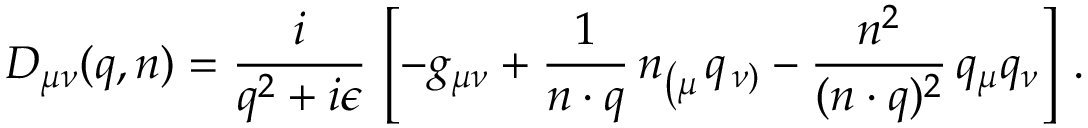
D _ { \mu \nu } ( q , n ) = \frac { i } { q ^ { 2 } + i \epsilon } \, \left[ - g _ { \mu \nu } + \frac { 1 } { n \cdot q } \, n _ { \left( \mu \right. } q _ { \left. \nu \right) } - \frac { n ^ { 2 } } { ( n \cdot q ) ^ { 2 } } \, q _ { \mu } q _ { \nu } \right] \, .